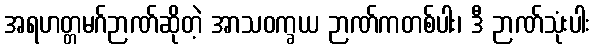
အရဟတ္တမဂ်ဉာဏ်ဆိုတဲ့ အာသဝက္ခယ ဉာဏ်ကတစ်ပါး၊ ဒီ ဉာဏ်သုံးပါး